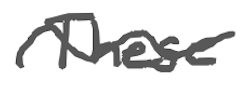
Text: These
Cross-out: wave
Writing tool: digital_gray